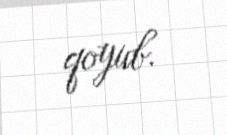
qoyub.